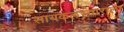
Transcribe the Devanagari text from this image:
सायकलस्वाराला